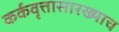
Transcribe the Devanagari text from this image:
कर्कवृत्तासारख्याच